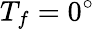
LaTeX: T_{f}=0^{\circ}